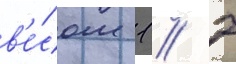
в'е́сом 1 / 7